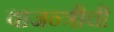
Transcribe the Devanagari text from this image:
वाजन्त्रीची